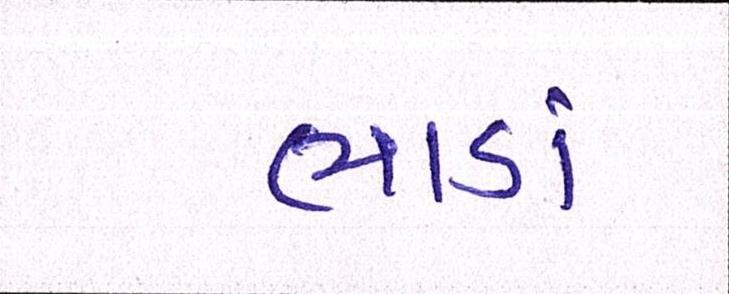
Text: ભાડાં